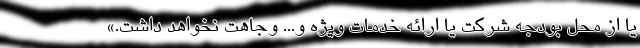
یا از محل بودجه شرکت یا ارائه خدمات ویژه و... وجاهت نخواهد داشت.»